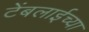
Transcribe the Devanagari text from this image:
टेंबलाईच्या